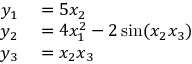
\begin{array} { r l } { y _ { 1 } } & { { } = 5 x _ { 2 } } \\ { y _ { 2 } } & { { } = 4 x _ { 1 } ^ { 2 } - 2 \sin ( x _ { 2 } x _ { 3 } ) } \\ { y _ { 3 } } & { { } = x _ { 2 } x _ { 3 } } \end{array}